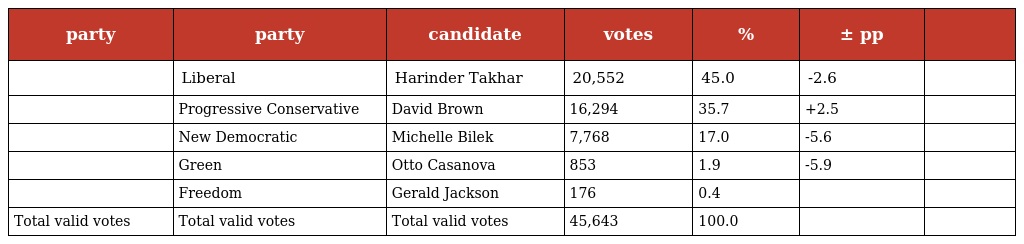
| party | party | candidate | votes | % | ± pp |  |
 | --- | --- | --- | --- | --- | --- | --- |
 |  | Liberal | Harinder Takhar | 20,552 | 45.0 | -2.6 |  |
 |  | Progressive Conservative | David Brown | 16,294 | 35.7 | +2.5 |  |
 |  | New Democratic | Michelle Bilek | 7,768 | 17.0 | -5.6 |  |
 |  | Green | Otto Casanova | 853 | 1.9 | -5.9 |  |
 |  | Freedom | Gerald Jackson | 176 | 0.4 |  |  |
 | Total valid votes | Total valid votes | Total valid votes | 45,643 | 100.0 |  |  |